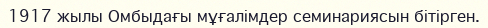
1917 жылы Омбыдағы мұғалімдер семинариясын бітірген.